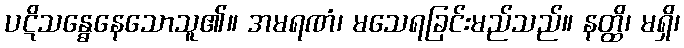
ပဋိသန္ဓေနေသောသူ၏။ အမရဏံ၊ မသေရခြင်းမည်သည်။ နတ္ထိ၊ မရှိ၊